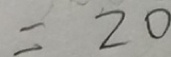
= 2 0